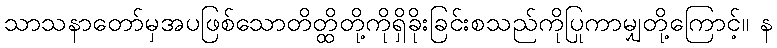
သာသနာတော်မှအပဖြစ်သောတိတ္ထိတို့ကိုရှိခိုးခြင်းစသည်ကိုပြုကာမျှတို့ကြောင့်။ န